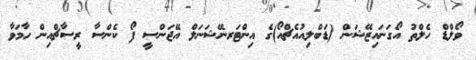
ވޯލްޑް ހެލްތު އޯގަނައިޒޭޝަން (ޑަބްލިއުއެޗްއޯ)ގެ އިންޓަރނޭޝަނަލް އޭޖަންސީ ފޯ ކެންސާ ރީސާޗްއިން ހާމަވާ